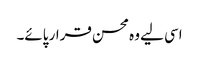
اسی لیے وہ محسن قرار پائے۔